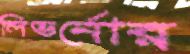
লিভর্নোর